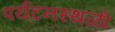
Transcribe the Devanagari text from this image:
पर्यटनस्थळी